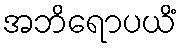
အဘိရောပယိံ